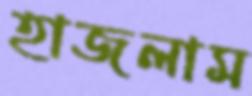
হাজলাম